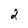
Character: 2